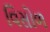
વિસોળ